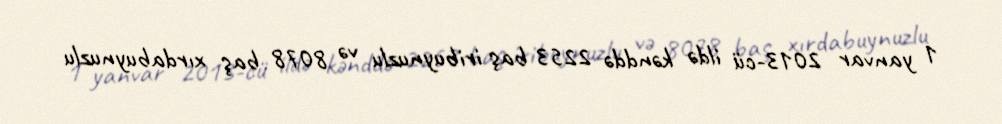
1 yanvar 2013-cü ildə kənddə 2253 baş iribuynuzlu və 8078 baş xırdabuynuzlu